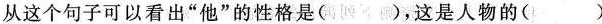
没有洗过似的。远远地，就会闻到一股什么东西馊了的味道。